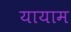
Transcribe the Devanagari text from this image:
यायाम